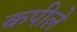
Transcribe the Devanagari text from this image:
कपीले